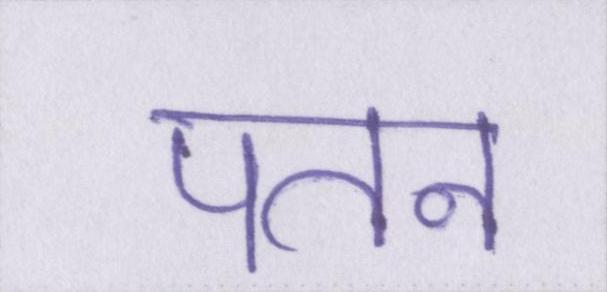
पतन